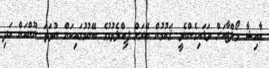
ޢާއިޝާ މޯލްޓާއަށް ވަޑައިގެންނެވީ ޤައުމުން ބޭރަށް ފިއްލެވުމުގެ ބޭނުމުގައިކަން ނުވަތަ ނޫންކަން އަދި